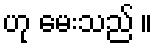
ဟု မေးသည် ။